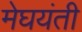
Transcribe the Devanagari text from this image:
मेघयंती